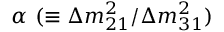
\alpha ~ ( \equiv \Delta m _ { 2 1 } ^ { 2 } / \Delta m _ { 3 1 } ^ { 2 } )